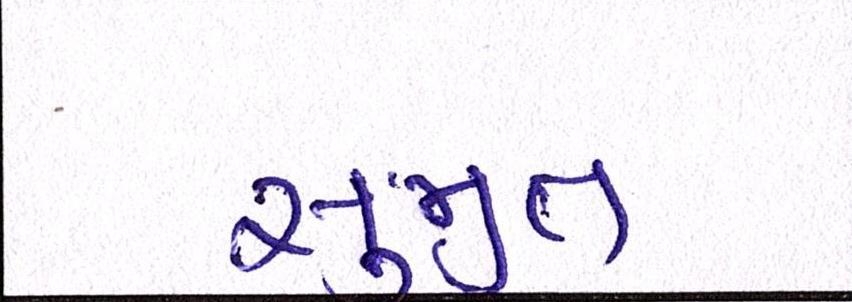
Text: સુજીત